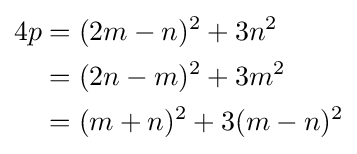
{\begin{aligned}4p&=(2m-n)^{2}+3n^{2}\\&=(2n-m)^{2}+3m^{2}\\&=(m+n)^{2}+3(m-n)^{2}\end{aligned}}